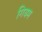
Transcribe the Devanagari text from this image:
गियम